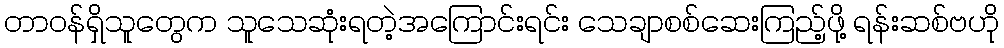
တာဝန်ရှိသူတွေက သူသေဆုံးရတဲ့အကြောင်းရင်း သေချာစစ်ဆေးကြည့်ဖို့ ရန်းဆစ်ဗဟို